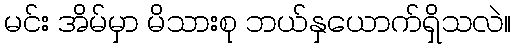
မင်း အိမ်မှာ မိသားစု ဘယ်နှယောက်ရှိသလဲ။